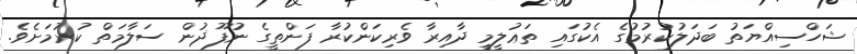
ޝަހްސިއްޔަތު ބަދަލުކުރުމުގެ އެކުގައި ތަޢުލީމީ ދާއިރާ ވެރިކަންކުރާ ފަންތީގެ ނުފޫޛުން ސަލާމަތް ކުރުމަށެވެ.